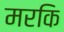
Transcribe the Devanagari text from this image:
मरकि